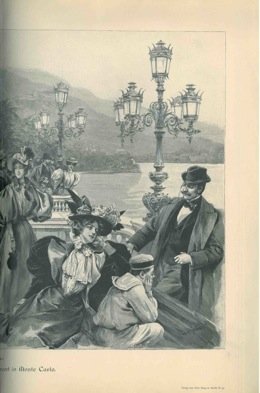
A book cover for Concerto a Monte Carlo (buona borghesia elegante) - Boccaccio alla Corte di Giovanna di Napoli.; N.A. -; Travel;